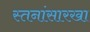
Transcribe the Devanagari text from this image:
स्तनांसारखा